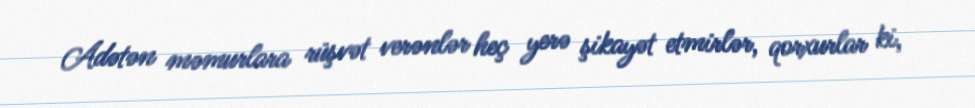
Adətən məmurlara rüşvət verənlər heç yerə şikayət etmirlər, qorxurlar ki,